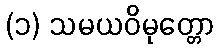
(၁) သမယဝိမုတ္တော